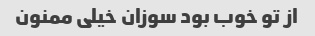
از تو خوب بود سوزان خیلی ممنون